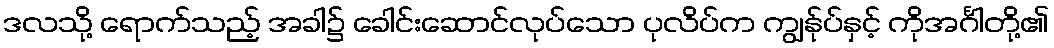
ဒလသို့ ရောက်သည့် အခါ၌ ခေါင်းဆောင်လုပ်သော ပုလိပ်က ကျွန်ုပ်နှင့် ကိုအင်္ဂါတို့၏